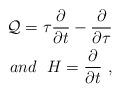
LaTeX: \begin{align*}{\cal{Q}} = \tau \frac{\partial}{\partial t} - \frac{\partial}{\partial \tau} \\ and \ \ H =\frac{\partial}{\partial t} \ ,\end{align*}